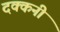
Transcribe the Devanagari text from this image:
दक्‍कनी